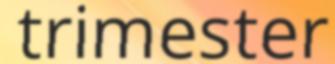
trimester